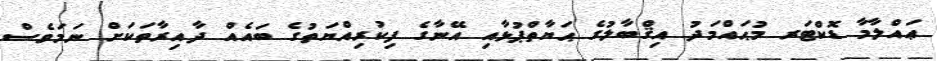
ޢައްލާމާ ޑޮކްޓަރ މުޙައްމަދު އިޤްބާލުގެ ޙަޔާތްޕުޅާއި އޭނާގެ ފިކުރިއްޔަތުގެ ބައެއް ދާއިރާތަކަށް ނަމަވެސް